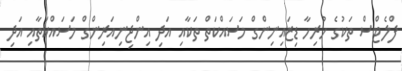
ފްލެޓްސް ތަކުގެ ހުރިހާ ޑިޒައިނިންގް މަސައްކަތް ތަކާއި އަދި އިންޖިނިއަރިންގް މަސައްކަތާއި އަދި